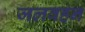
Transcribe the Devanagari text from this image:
जलवहन